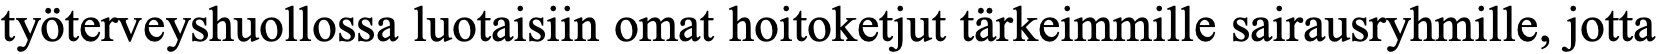
työterveyshuollossa luotaisiin omat hoitoketjut tärkeimmille sairausryhmille, jotta